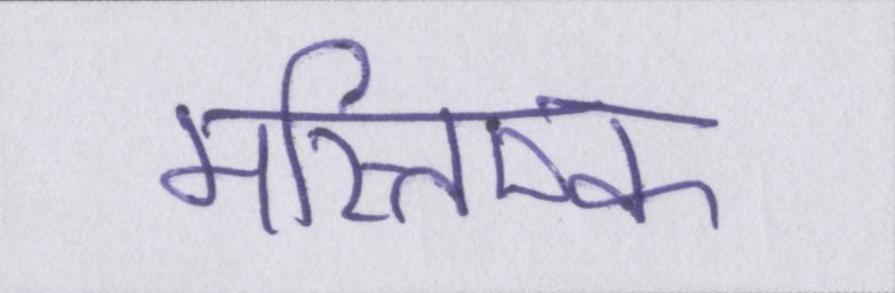
मस्तिष्क